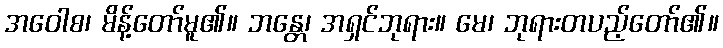
အဝေါစ၊ မိန့်တော်မူ၏။ ဘန္တေ၊ အရှင်ဘုရား။ မေ၊ ဘုရားတပည့်တော်၏။